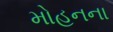
મોહનના